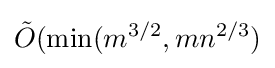
{\tilde {O}}(\min(m^{3/2},mn^{2/3})